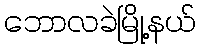
ဘောလခဲမြို့နယ်